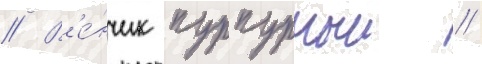
// В'е́нчик пурпурныи /